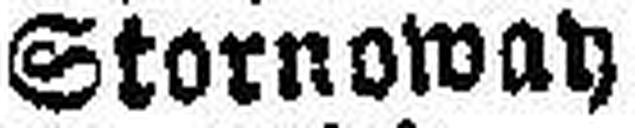
Stornoway